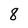
Character: 8